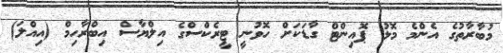
މުބާރާތުގެ އެންމެ މޮޅު ޕޮއިންޓް ގާޑަކަށް ހޮވުނީ ޓީރެކްސްގެ އިލްޔާސް އިބްރާހިމް (އިއްލަ)